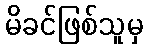
မိခင်ဖြစ်သူမှ